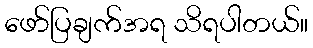
ဖော်ပြချက်အရ သိရပါတယ်။